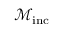
\mathcal { M } _ { \mathrm { i n c } }